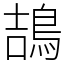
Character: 鴶